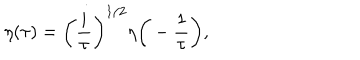
LaTeX: \eta ( \tau ) = \bigg ( \frac { i } { \tau } \bigg ) ^ { 1 / 2 } \eta \bigg ( - \frac { 1 } { \tau } \bigg ) ,